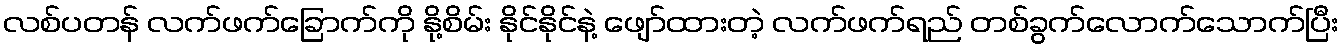
လစ်ပတန် လက်ဖက်ခြောက်ကို နို့စိမ်း နိုင်နိုင်နဲ့ ဖျော်ထားတဲ့ လက်ဖက်ရည် တစ်ခွက်လောက်သောက်ပြီး